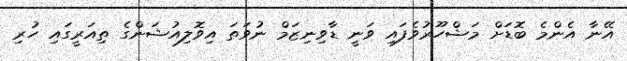
އޭނާ އެންމެ ބޮޑަށް މަޝްހޫރުވެފައި ވަނީ ޑާވިނިޒަމް ނުވަތަ އިވޮލިއުޝަންގެ ތިއަރީގައި ހުރި